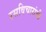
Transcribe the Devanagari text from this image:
रसविचारांची